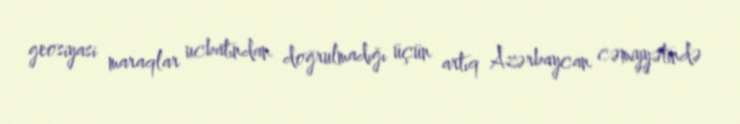
geosiyasi maraqlar ucbatından doğrulmadığı üçün artıq Azərbaycan cəmiyyətində